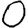
Digit: 0